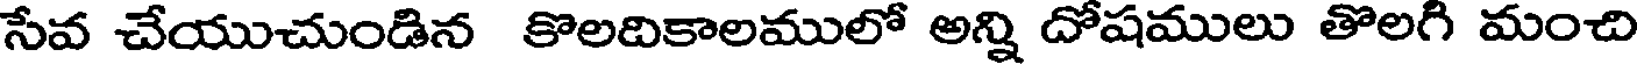
సేవ చేయుచుండిన కొలదికాలములో అన్ని దోషములు తొలగి మంచి